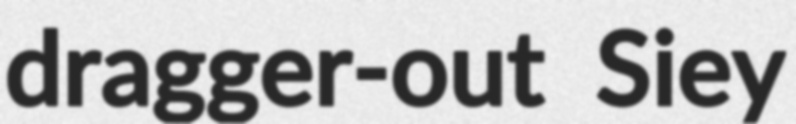
dragger-out Siey